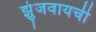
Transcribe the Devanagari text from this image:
झुंजवायची